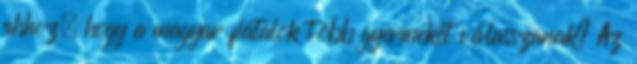
ahhoz, hogy a magyar fiatalok több gyermeket válasszanak? Az